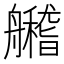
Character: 𦪼